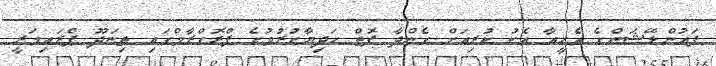
ފައުންޑޭޝަންގެ އެހީއާ އެކު ކުރިއަށް ގެންދާ ފޮތް ހަދިޔާކުރުމުގެ ޕްރޮގްރާމްގައި ތިނަދޫ ޕްރައިމަރީ